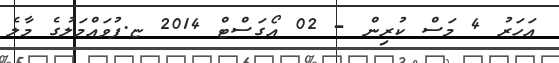
އަހަރު 4 މަސް ކުރިން - 02 އޯގަސްޓް 2014 ޏ.ފުވައްމަލުގެ މާލެ